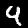
Label: 9